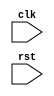
module behavioral_modeling (
    input wire clk,
    input wire rst
);
    
    always @(posedge clk or negedge rst) begin
        // Define the behavior or functionality of the module here
        
    end
    
endmodule